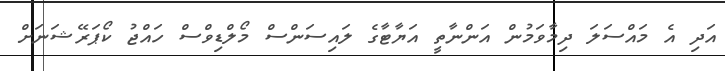
އަދި އެ މައްސަލަ ދިމާވަމުން އަންނާތީ އަޔާޓާގެ ލައިސަންސް މޯލްޑިވްސް ހައްޖު ކޯޕަރޭޝަނަށް